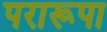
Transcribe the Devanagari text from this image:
परारूपा